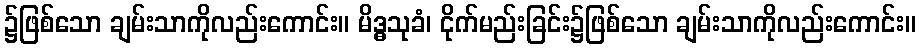
၌ဖြစ်သော ချမ်းသာကိုလည်းကောင်း။ မိဒ္ဓသုခံ၊ ငိုက်မည်းခြင်း၌ဖြစ်သော ချမ်းသာကိုလည်းကောင်း။